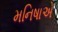
મનિષાએ